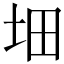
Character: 𡊰